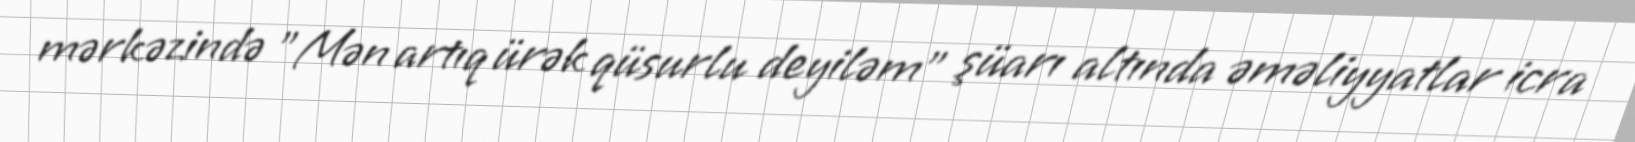
mərkəzində "Mən artıq ürək qüsurlu deyiləm" şüarı altında əməliyyatlar icra